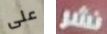
على نشر